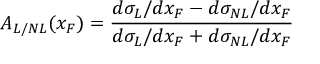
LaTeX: A _ { L / N L } ( x _ { F } ) = \frac { d \sigma _ { L } / d x _ { F } - d \sigma _ { N L } / d x _ { F } } { d \sigma _ { L } / d x _ { F } + d \sigma _ { N L } / d x _ { F } }